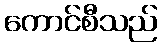
ကောင်စီသည်